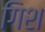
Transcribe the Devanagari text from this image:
गिश